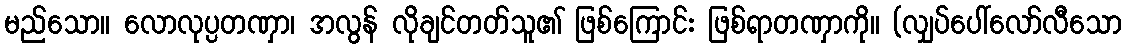
မည်သော။ လောလုပ္ပတဏှာ၊ အလွန် လိုချင်တတ်သူ၏ ဖြစ်ကြောင်း ဖြစ်ရာတဏှာကို။ (လျှပ်ပေါ်လော်လီသော